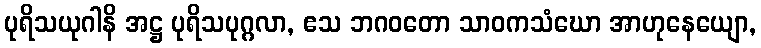
ပုရိသယုဂါနိ အဋ္ဌ ပုရိသပုဂ္ဂလာ, ဧသ ဘဂဝတော သာဝကသံဃော အာဟုနေယျော,